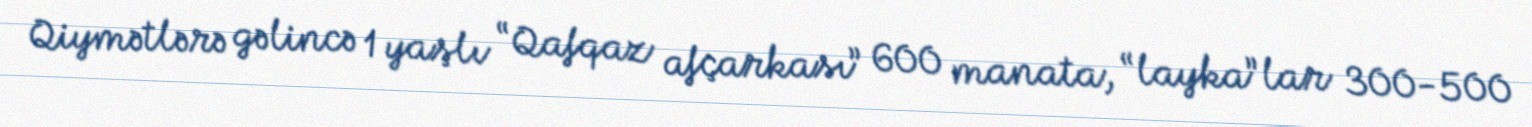
Qiymətlərə gəlincə 1 yaşlı “Qafqaz afçarkası” 600 manata, “layka”lar 300-500